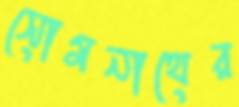
সোমনাথের